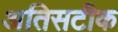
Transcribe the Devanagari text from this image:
अतिसटीक